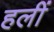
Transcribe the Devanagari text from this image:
हलीं